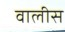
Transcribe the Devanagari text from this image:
वालीस